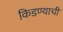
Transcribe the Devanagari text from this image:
किडण्याची